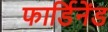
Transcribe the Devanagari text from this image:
फार्डिनेंड